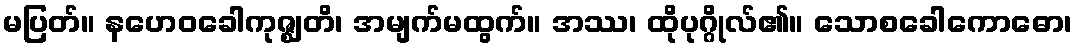
မပြတ်။ နဟေဝခေါကုဇ္ဈတိ၊ အမျက်မထွက်။ အဿ၊ ထိုပုဂ္ဂိုလ်၏။ သောစခေါကောဓော၊